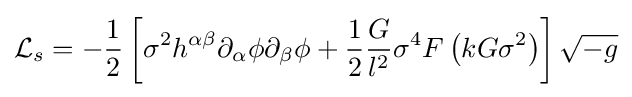
{\mathcal {L}}_{s}=-{\frac {1}{2}}\left[\sigma ^{2}h^{\alpha \beta }\partial _{\alpha }\phi \partial _{\beta }\phi +{\frac {1}{2}}{\frac {G}{l^{2}}}\sigma ^{4}F\left(kG\sigma ^{2}\right)\right]{\sqrt {-g}}